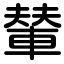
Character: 輦